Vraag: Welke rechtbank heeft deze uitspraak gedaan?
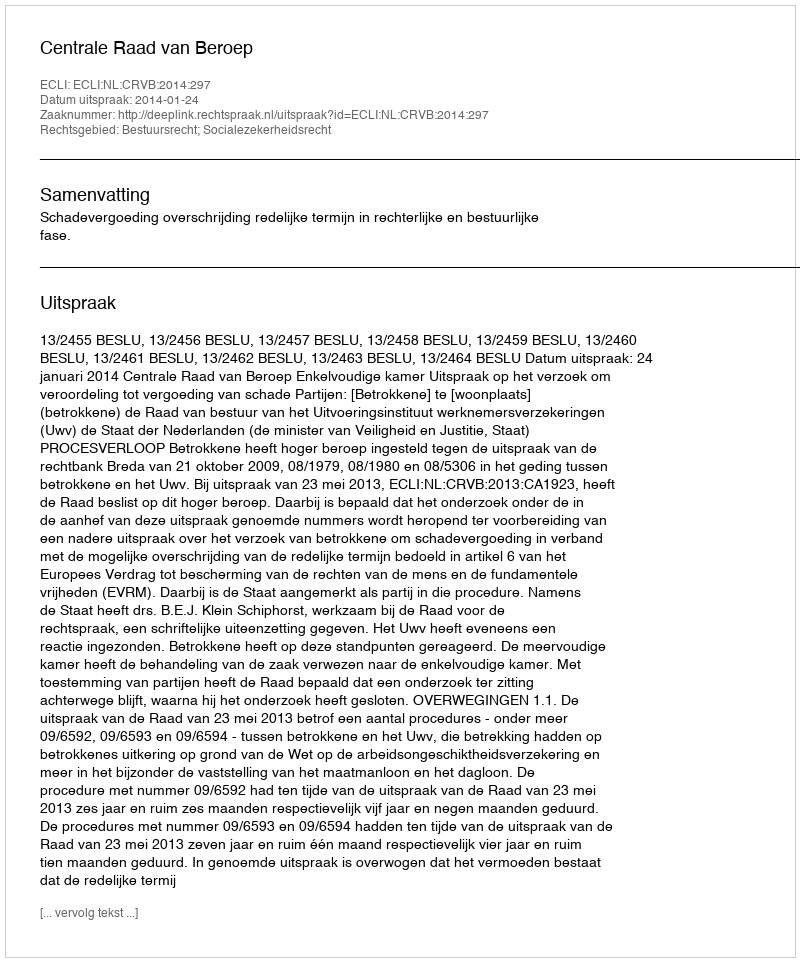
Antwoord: Centrale Raad van Beroep